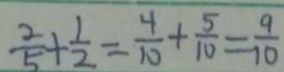
\frac { 2 } { 5 } + \frac { 1 } { 2 } = \frac { 4 } { 1 0 } + \frac { 5 } { 1 0 } = \frac { 9 } { 1 0 }